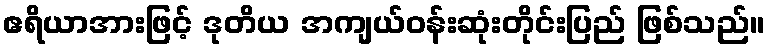
ဧရိယာအားဖြင့် ဒုတိယ အကျယ်ဝန်းဆုံးတိုင်းပြည် ဖြစ်သည်။